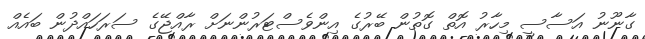
ގާނޫނު އަސާސީ މިހާރު އޮތް ގޮތުން ބޭރުގެ އިންވެސްޓަރުންނަށް ރާއްޖޭގެ ސަރަހައްދުން ބައެއް